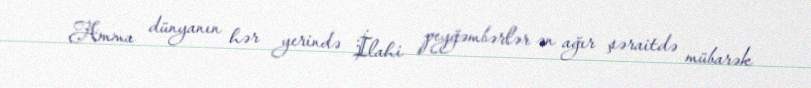
Amma dünyanın hər yerində İlahi peyğəmbərlər ən ağır şəraitdə mübarək